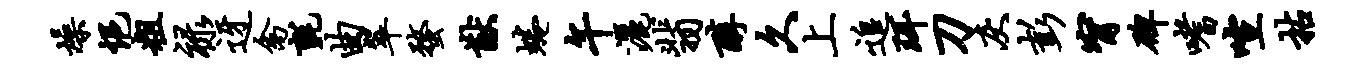
燥悒粗禄迓禽毡曲翠蝥猷蜷午洒翡醇久上追珥刀灰彭甯碑嗜喧拈